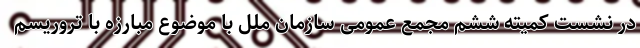
در نشست کمیته ششم مجمع عمومی سازمان ملل با موضوع مبارزه با تروریسم